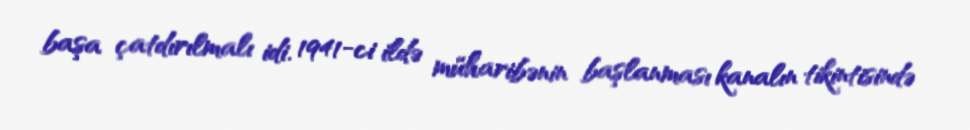
başa çatdırılmalı idi. 1941-ci ildə müharibənin başlanması kanalın tikintisində